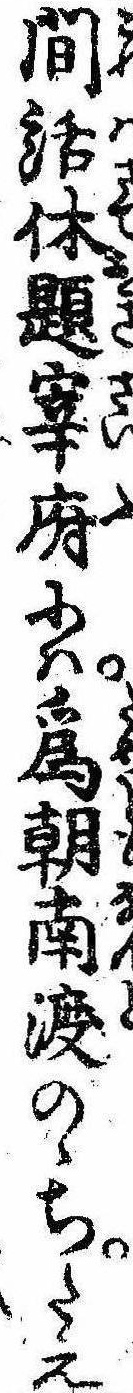
間話休題宰府には為朝南渡のゝちたえ